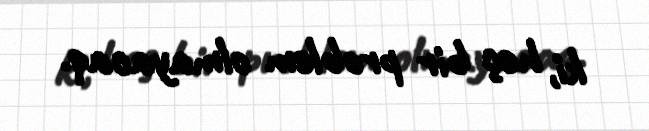
ki, heç bir problem olmayacaq.